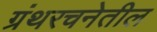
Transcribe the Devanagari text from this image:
ग्रंथरचनेतील